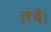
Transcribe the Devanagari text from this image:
लंबे।